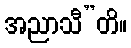
အညာသီ”တိ။